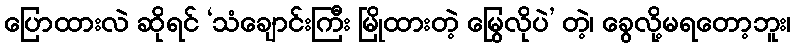
ပြောထားလဲ ဆိုရင် ‘သံချောင်းကြီး မြိုထားတဲ့ မြွေလိုပဲ’ တဲ့၊ ခွေလို့မရတော့ဘူး၊